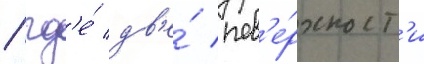
/ гд'е́ дв'е́ пов'е́рхност'и